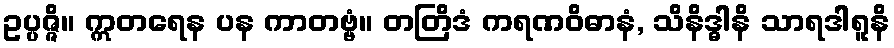
ဥပ္ပဇ္ဇိ။ ဣတရေန ပန ကာတဗ္ဗံ။ တတြိဒံ ကရဏဝိဓာနံ, သိနိဒ္ဓါနိ သာရဒါရူနိ